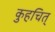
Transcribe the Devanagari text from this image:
कुहचित्